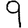
Digit: 9